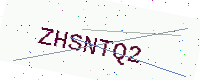
Text: ZHSNTQ2